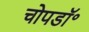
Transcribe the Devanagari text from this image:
चोपडॉ॰